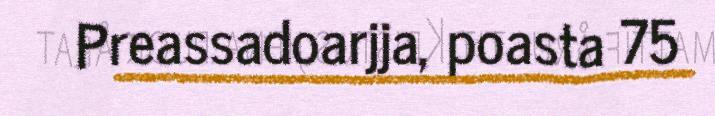
Preassadoarjja, poasta 75